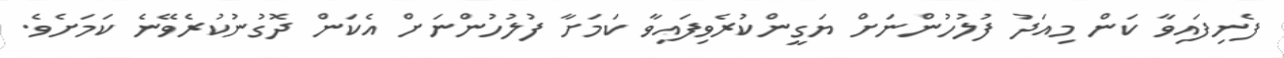
ފެނިފައިވާ ކަން މިއަދު ފުލުހުންނަށް ޔަގީންކުރެވިފައިވާ ކަމަށާ ފުލުހުންނަށް އެކަން ދޮގުނުކުރެވޭނެ ކަމަށެވެ.